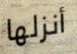
أنزلها